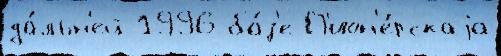
да́льн'ей 1996 ба́з'е П'ион'е́рскаjа